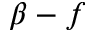
\beta - f